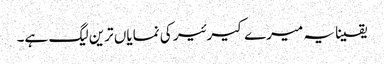
یقینا یہ میرے کیرئیر کی نمایاں ترین لیگ ہے۔